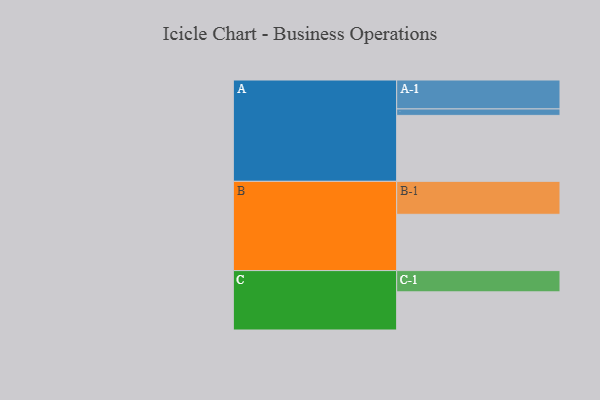
{"axis": {"x": "Segment", "y": "Value"}, "legend": ["", "A", "B", "C"], "data": [{"x": "A", "y": 574, "type": ""}, {"x": "B", "y": 490, "type": ""}, {"x": "C", "y": 332, "type": ""}, {"x": "A-1", "y": 252, "type": "A"}, {"x": "A-2", "y": 56, "type": "A"}, {"x": "B-1", "y": 287, "type": "B"}, {"x": "C-1", "y": 185, "type": "C"}]}